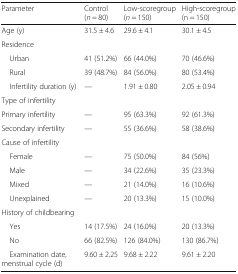
| Parameter | Control (n = 80) | Low-scoregroup (n = 150) | High-scoregroup (n = 150) |
 | --- | --- | --- | --- |
 | Age (y) | 31.5 ± 4.6 | 29.6 ± 4.1 | 30.1 ± 4.5 |
 | <COLSPAN=4> Residence |
 | Urban | 41 (51.2%) | 66 (44.0%) | 70 (46.6%) |
 | Rural | 39 (48.7%) | 84 (56.0%) | 80 (53.4%) |
 | Infertility duration (y) | — | 1.91 ± 0.80 | 2.05 ± 0.94 |
 | <COLSPAN=4> Type of infertility |
 | Primary infertility | — | 95 (63.3%) | 92 (61.3%) |
 | Secondary infertility | — | 55 (36.6%) | 58 (38.6%) |
 | Cause of infertility |  |  |  |
 | Female | — | 75 (50.0%) | 84 (56%) |
 | Male | — | 34 (22.6%) | 35 (23.3%) |
 | Mixed | — | 21 (14.0%) | 16 (10.6%) |
 | Unexplained | — | 20 (13.3%) | 15 (10.0%) |
 | <COLSPAN=4> History of childbearing |
 | Yes | 14 (17.5%) | 24 (16.0%) | 20 (13.3%) |
 | No | 66 (82.5%) | 126 (84.0%) | 130 (86.7%) |
 | Examination date, menstrual cycle (d) | 9.60 ± 2.25 | 9.68 ± 2.22 | 9.61 ± 2.20 |